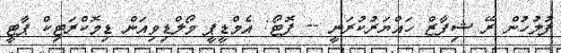
ފުލުހުން ރޭ ޝިފާޒް ހައްޔަރުކުރަނީ -- ފޮޓޯ: އެމްޑީޕީ މޯލްޑިވިއަން ޑިމޮކްރަޓިކް ޕާޓީ